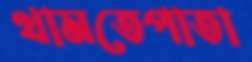
থামতেপাতা